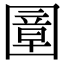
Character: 𡈠